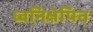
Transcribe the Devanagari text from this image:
ध्वनिक्षेपित